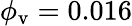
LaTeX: \phi_{\mathrm{v}}=0.016